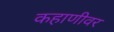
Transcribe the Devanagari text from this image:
कहाणीवर